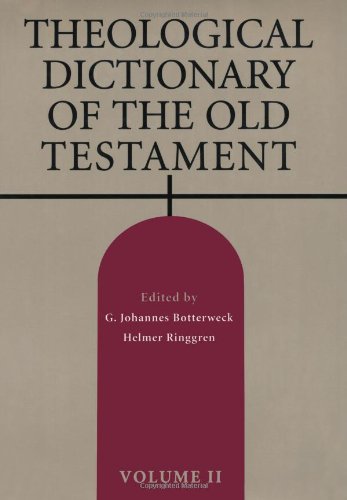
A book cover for Theological Dictionary of the Old Testament, Vol. 2; Christian Books & Bibles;